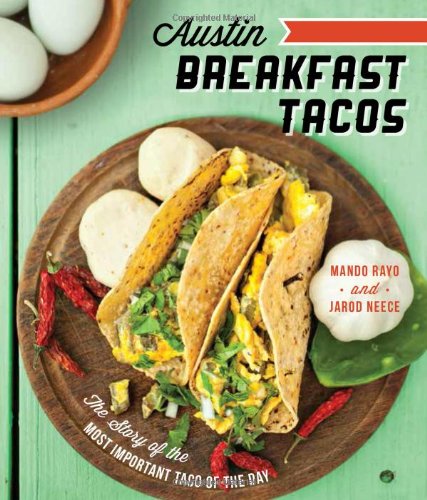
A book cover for Austin Breakfast Tacos:: The Story of the Most Important Taco of the Day (American Palate); Mando Rayo; Cookbooks, Food & Wine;